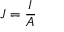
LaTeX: J = { \frac { I } { A } } \,